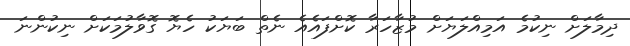
ދިމާލަށް ނިކުމެ އަމިއްލަޔަށް މުޒާހަރާ ކޮށްފައެއެ ނެތް ބަޔަކު ހެޔޮ ގޮވާލުމަކަށް ނިކުންނަ